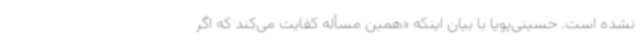
نشده است. حسینی‌پویا با بیان اینکه «همین مسأله کفایت می‌کند که اگر